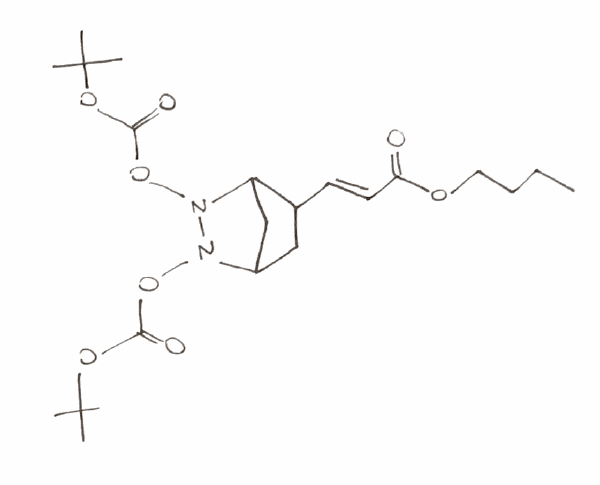
Simplified molecular-input line-entry system (SMILES) notation of the given molecule:
CCCCOC(=O)/C=C/C1CC2CC1N(N2OC(=O)OC(C)(C)C)OC(=O)OC(C)(C)C